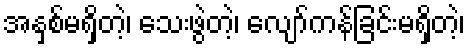
အနှစ်မရှိတဲ့၊ သေးဖွဲတဲ့၊ လျော်ကန်ခြင်းမရှိတဲ့၊